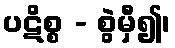
ပဋိစ္စ - စွဲမှီ၍၊